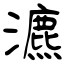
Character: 瀌